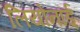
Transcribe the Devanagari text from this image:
लियोनॉर्ड्